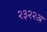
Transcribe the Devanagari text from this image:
२३२२अ